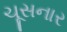
ચૂસનાર